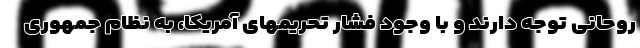
روحانی توجه دارند و با وجود فشار تحریمهای آمریکا، به نظام جمهوری